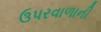
ઉપરવાળાની